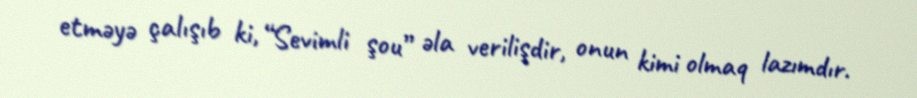
etməyə çalışıb ki, “Sevimli şou” əla verilişdir, onun kimi olmaq lazımdır.